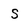
Character: s